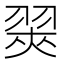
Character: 翜